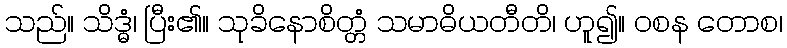
သည်။ သိဒ္ဓံ၊ ပြီး၏။ သုခိနောစိတ္တံ သမာဓိယတီတိ၊ ဟူ၍။ ဝစန တောစ၊